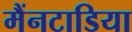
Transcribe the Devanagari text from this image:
मैंनटाडिया